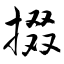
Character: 掇